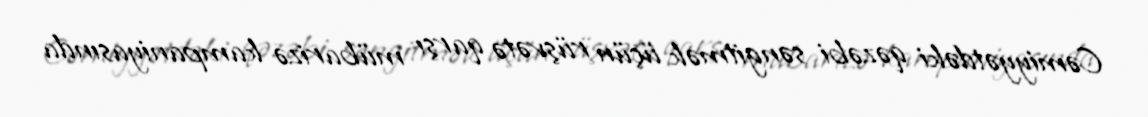
Cəmiyyətdəki qəzəbi səngitmək üçün rüşvətə qarşı mübarizə kampaniyasında